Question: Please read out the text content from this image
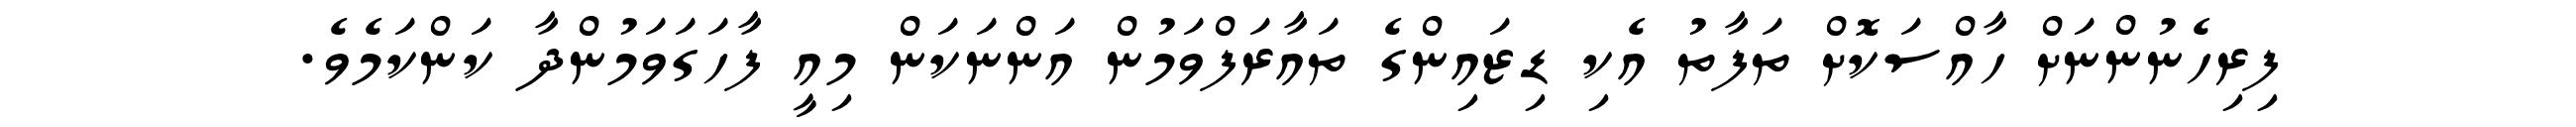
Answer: ފިރިހެނުންނަށް ހާއްސަކޮށް ތަފާތު އެކި ޑިޒައިންގެ ތައާރަފްވަމުން އަންނަކަން މިއީ ފާހަގަވަމުންދާ ކަންކަމެވެ.